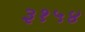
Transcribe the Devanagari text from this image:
३१५४